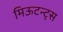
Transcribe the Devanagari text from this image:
मिऊटन्ट्स